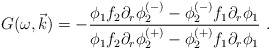
\begin{align*}G(\omega ,\vec{k})=-\frac{\phi _{1}f_{2}\partial _{r}\phi _{2}^{(-)}-\phi_{2}^{(-)}f_{1}\partial _{r}\phi _{1}}{\phi _{1}f_{2}\partial _{r}\phi_{2}^{(+)}-\phi _{2}^{(+)}f_{1}\partial _{r}\phi _{1}}\ . \end{align*}